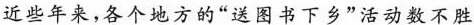
近些年来，各个地方的”送图书下乡”活动数不胜